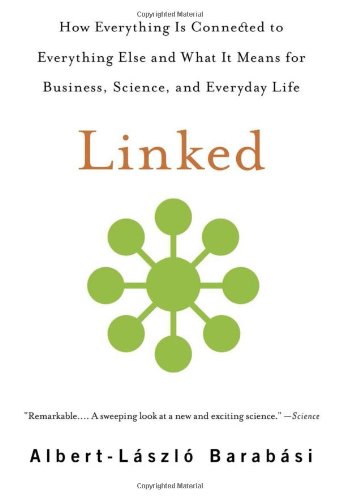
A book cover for Linked: How Everything Is Connected to Everything Else and What It Means for Business, Science, and Everyday Life; Albert-laszlo Barabasi; Science & Math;